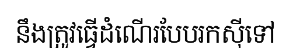
នឹងត្រូវធ្វើដំណើរបែបរកស៊ីទៅ